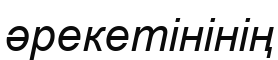
әрекетінінің